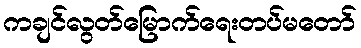
ကချင်လွတ်မြောက်ရေးတပ်မတော်